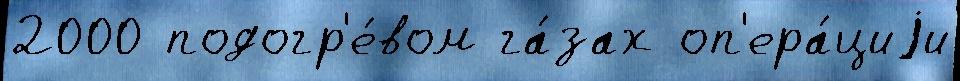
2000 подогр'е́вом га́зах оп'ера́циjи